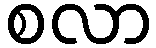
စလာ